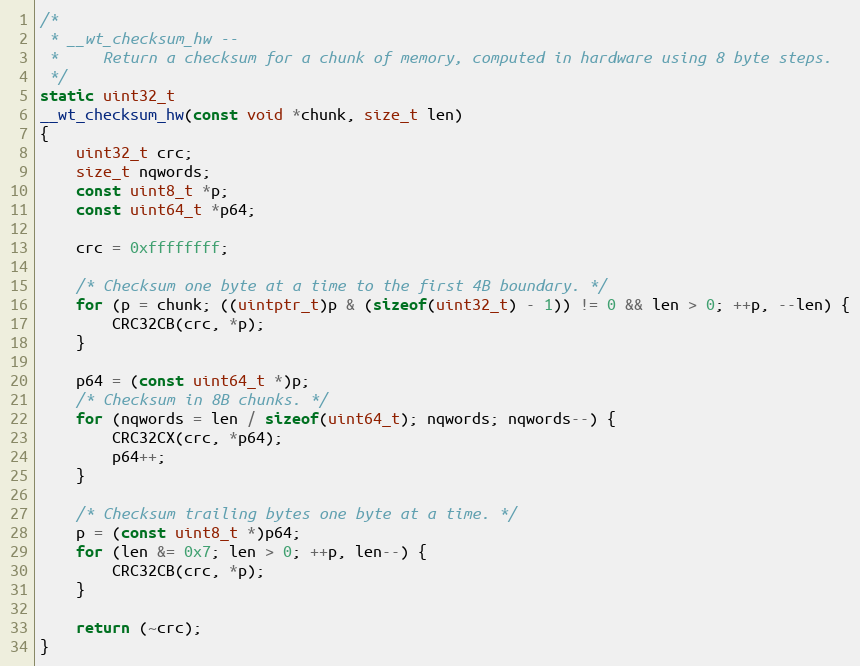
Language: C
/*
 * __wt_checksum_hw --
 *     Return a checksum for a chunk of memory, computed in hardware using 8 byte steps.
 */
static uint32_t
__wt_checksum_hw(const void *chunk, size_t len)
{
    uint32_t crc;
    size_t nqwords;
    const uint8_t *p;
    const uint64_t *p64;

    crc = 0xffffffff;

    /* Checksum one byte at a time to the first 4B boundary. */
    for (p = chunk; ((uintptr_t)p & (sizeof(uint32_t) - 1)) != 0 && len > 0; ++p, --len) {
        CRC32CB(crc, *p);
    }

    p64 = (const uint64_t *)p;
    /* Checksum in 8B chunks. */
    for (nqwords = len / sizeof(uint64_t); nqwords; nqwords--) {
        CRC32CX(crc, *p64);
        p64++;
    }

    /* Checksum trailing bytes one byte at a time. */
    p = (const uint8_t *)p64;
    for (len &= 0x7; len > 0; ++p, len--) {
        CRC32CB(crc, *p);
    }

    return (~crc);
}